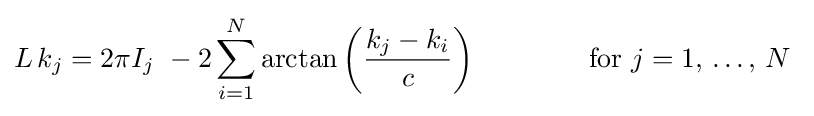
L\,k_{j}=2\pi I_{j}\ -2\sum _{i=1}^{N}\arctan \left({\frac {k_{j}-k_{i}}{c}}\right)\qquad \qquad {\text{for }}j=1,\,\dots ,\,N\